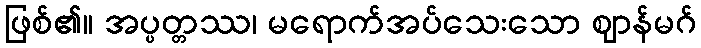
ဖြစ်၏။ အပ္ပတ္တဿ၊ မရောက်အပ်သေးသော ဈာန်မဂ်